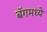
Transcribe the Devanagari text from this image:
बॅगमध्ये